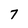
Character: 7